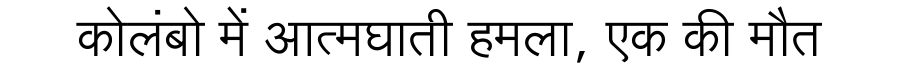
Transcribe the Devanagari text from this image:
कोलंबो में आत्मघाती हमला, एक की मौत